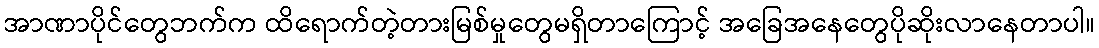
အာဏာပိုင်တွေဘက်က ထိရောက်တဲ့တားမြစ်မှုတွေမရှိတာကြောင့် အခြေအနေတွေပိုဆိုးလာနေတာပါ။